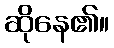
ဆိုနေ၏။